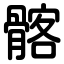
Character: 髂